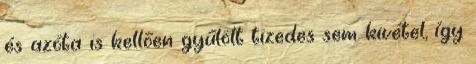
és azóta is kellően gyűlölt tizedes sem kivétel, így